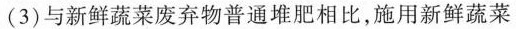
(3)与新鲜蔬菜废弃物普通堆肥相比，施用新鲜蔬菜